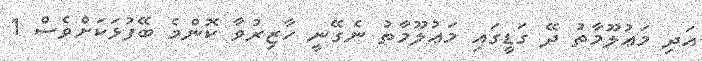
އަދި މަޢުލޫމާތު ދޭ ގަޑީގައި މަޢުލޫމާތު ނެގޭނީ ހާޒިރުވާ ކޮންމެ ބޭފުޅަކަށްވެސް 1